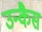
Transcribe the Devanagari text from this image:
उन्कैस